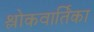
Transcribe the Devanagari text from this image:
श्लोकवार्तिका